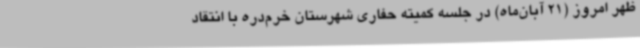
ظهر امروز (21 آبان‌ماه) در جلسه کمیته حفاری شهرستان خرم‌دره با انتقاد